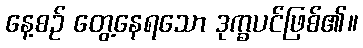
နေ့စဉ် တွေ့နေရသော ဒုက္ခပင်ဖြစ်၏။